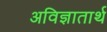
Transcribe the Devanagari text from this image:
अविज्ञातार्थ